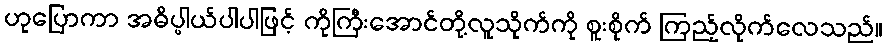
ဟုပြောကာ အဓိပ္ပါယ်ပါပါဖြင့် ကိုကြီးအောင်တို့လူသိုက်ကို စူးစိုက် ကြည့်လိုက်လေသည်။